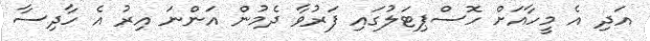
އަދި އެ މީހާއަށް ހޮސްޕިޓަލުގައި ފަރުވާ ދެމުން އަންނަ އިރު އެ ހާދިސާ